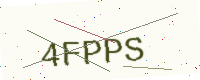
Text: 4FPPS